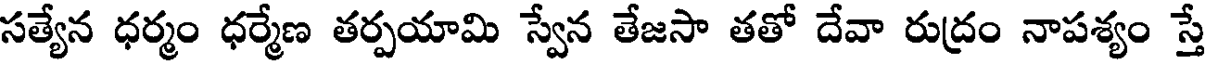
సత్యేన ధర్మం ధర్మేణ తర్పయామి స్వేన తేజసా తతో దేవా రుద్రం నాపశ్యం స్తే